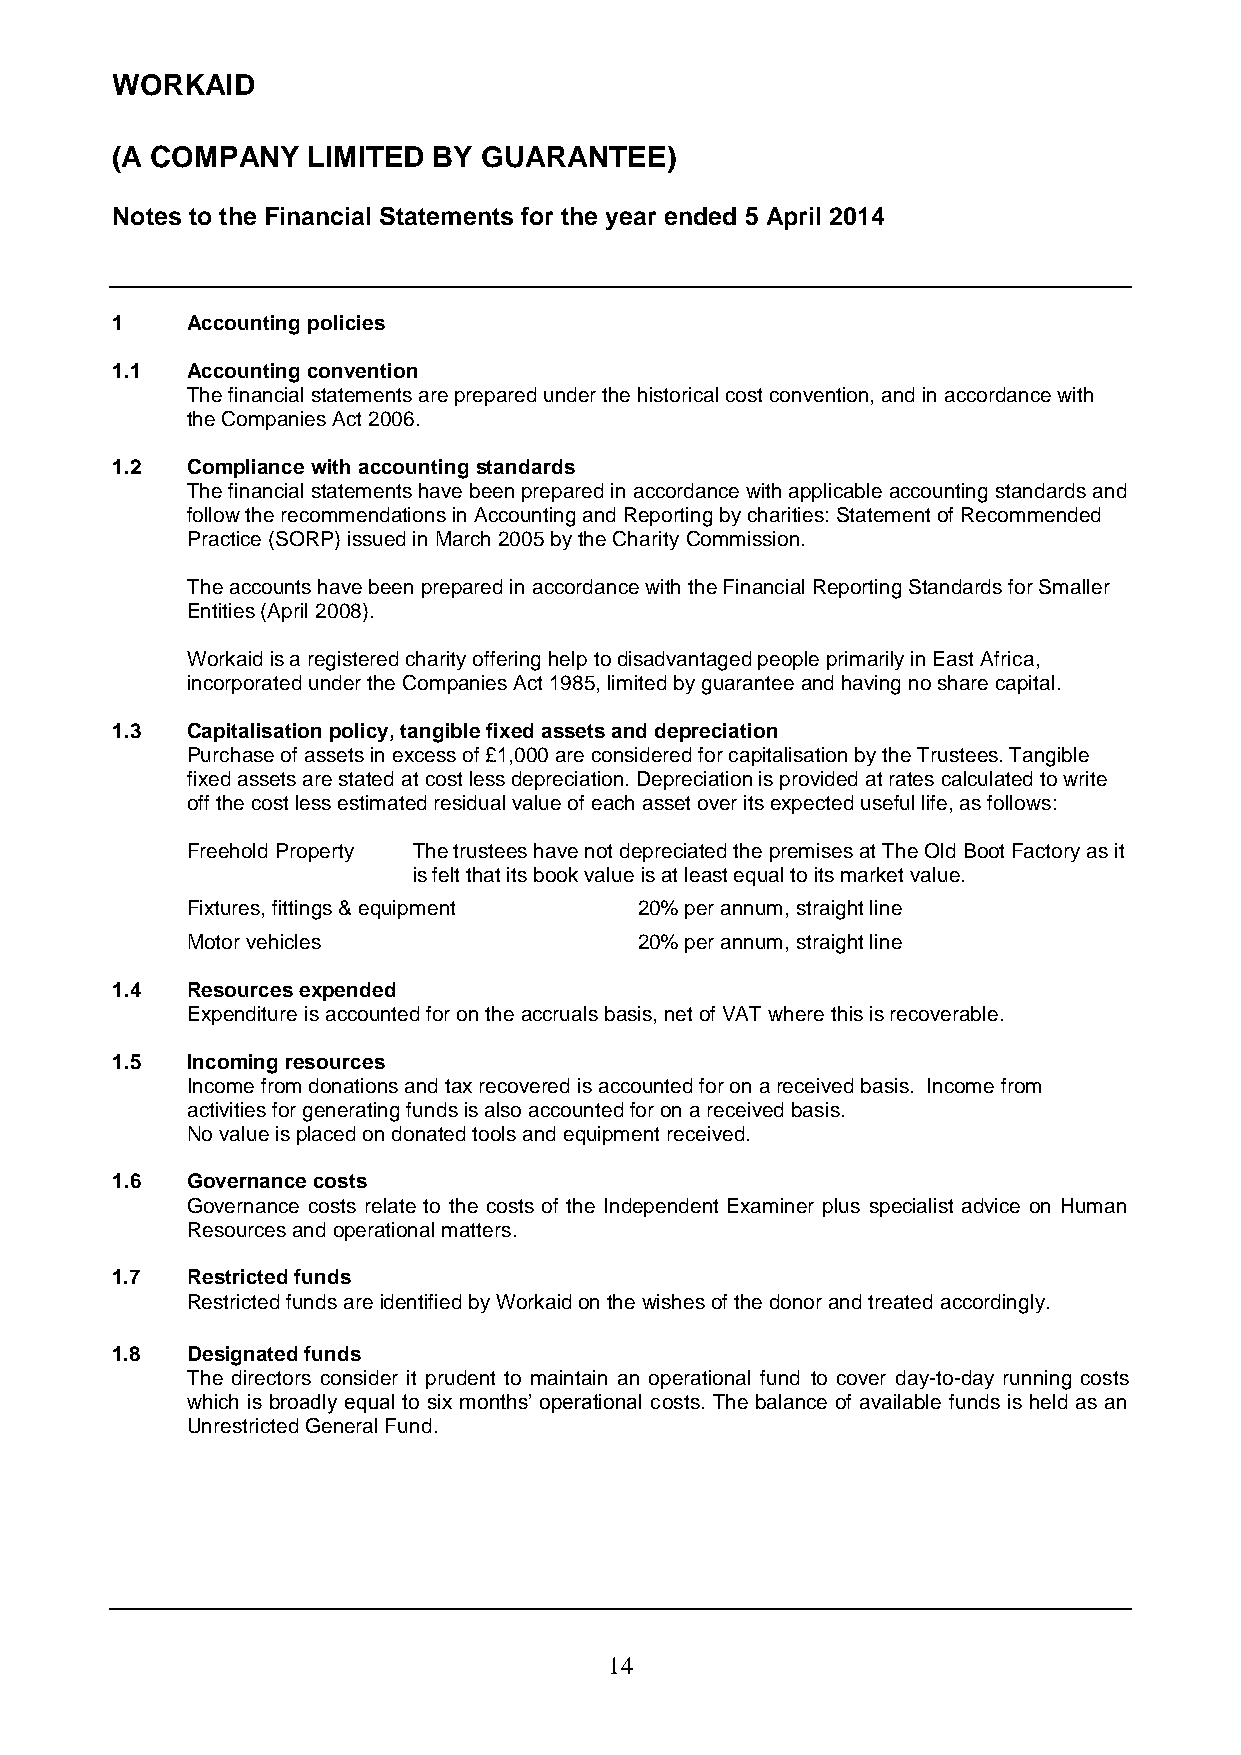
WORKAID
 (A COMPANY   LIMITED  BY GUARANTEE)
 Notes to the Financial Statements for the year ended 5 April 2014
 1    Accounting policies
 1.1  Accounting convention
 The financial statements are prepared under the historical cost convention, and in accordance with
 the Companies Act 2006.
 1.2  Compliance with accounting standards
 The financial statements have been prepared in accordance with applicable accounting standards and
 follow the recommendations in Accounting and Reporting by charities: Statement of Recommended
 Practice (SORP) issued in March 2005 by the Charity Commission.
 The accounts have been prepared in accordance with the Financial Reporting Standards for Smaller
 Entities (April 2008).
 Workaid is a registered charity offering help to disadvantaged people primarily in East Africa,
 incorporated under the Companies Act 1985, limited by guarantee and having no share capital.
 1.3  Capitalisation policy, tangible fixed assets and depreciation
 Purchase of assets in excess of £1,000 are considered for capitalisation by the Trustees. Tangible
 fixed assets are stated at cost less depreciation. Depreciation is provided at rates calculated to write
 off the cost less estimated residual value of each asset over its expected useful life, as follows:
 Freehold Property The trustees have not depreciated the premises at The Old Boot Factory as it
 is felt that its book value is at least equal to its market value.
 Fixtures, fittings & equipment 20% per annum, straight line
 Motor vehicles                20% per annum, straight line
 1.4  Resources expended
 Expenditure is accounted for on the accruals basis, net of VAT where this is recoverable.
 1.5  Incoming resources
 Income from donations and tax recovered is accounted for on a received basis. Income from
 activities for generating funds is also accounted for on a received basis.
 No value is placed on donated tools and equipment received.
 1.6  Governance costs
 Governance costs relate to the costs of the Independent Examiner plus specialist advice on Human
 Resources and operational matters.
 1.7  Restricted funds
 Restricted funds are identified by Workaid on the wishes of the donor and treated accordingly.
 1.8  Designated funds
 The directors consider it prudent to maintain an operational fund to cover day-to-day running costs
 which is broadly equal to six months’ operational costs. The balance of available funds is held as an
 Unrestricted General Fund.
 1 4